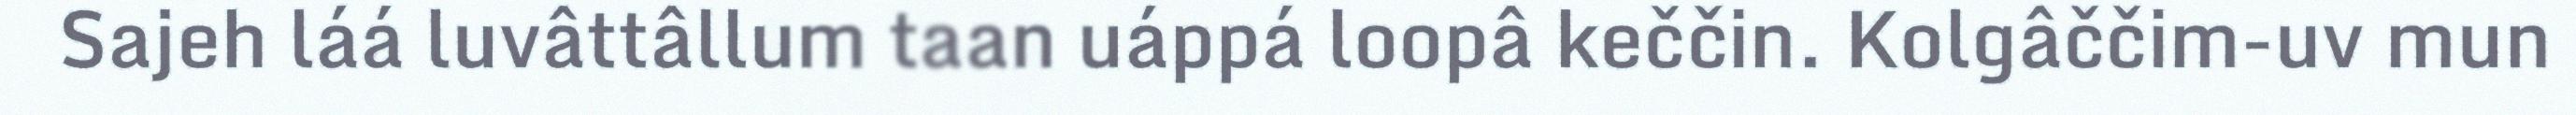
Sajeh láá luvâttâllum taan uáppá loopâ keččin. Kolgâččim-uv mun